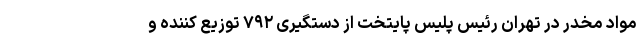
مواد مخدر در تهران رئیس پلیس پایتخت از دستگیری ۷۹۲ توزیع کننده و